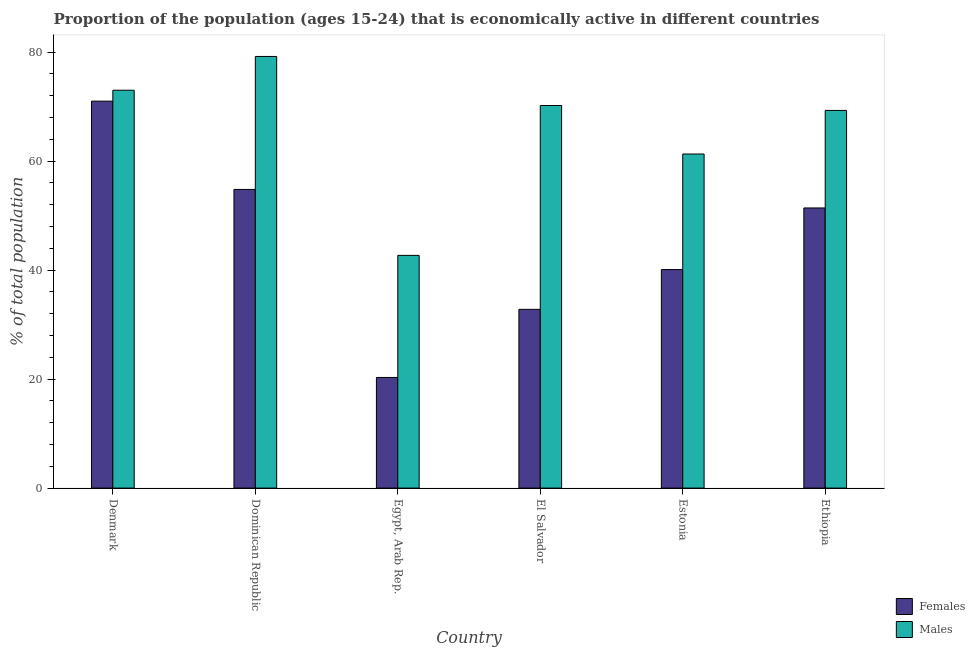
| Country | Females | Males |
 | --- | --- | --- |
 | Denmark | 71 | 73 |
 | Dominican Republic | 54.8 | 79.2 |
 | Egypt, Arab Rep. | 20.3 | 42.7 |
 | El Salvador | 32.8 | 70.2 |
 | Estonia | 40.1 | 61.3 |
 | Ethiopia | 51.4 | 69.3 |